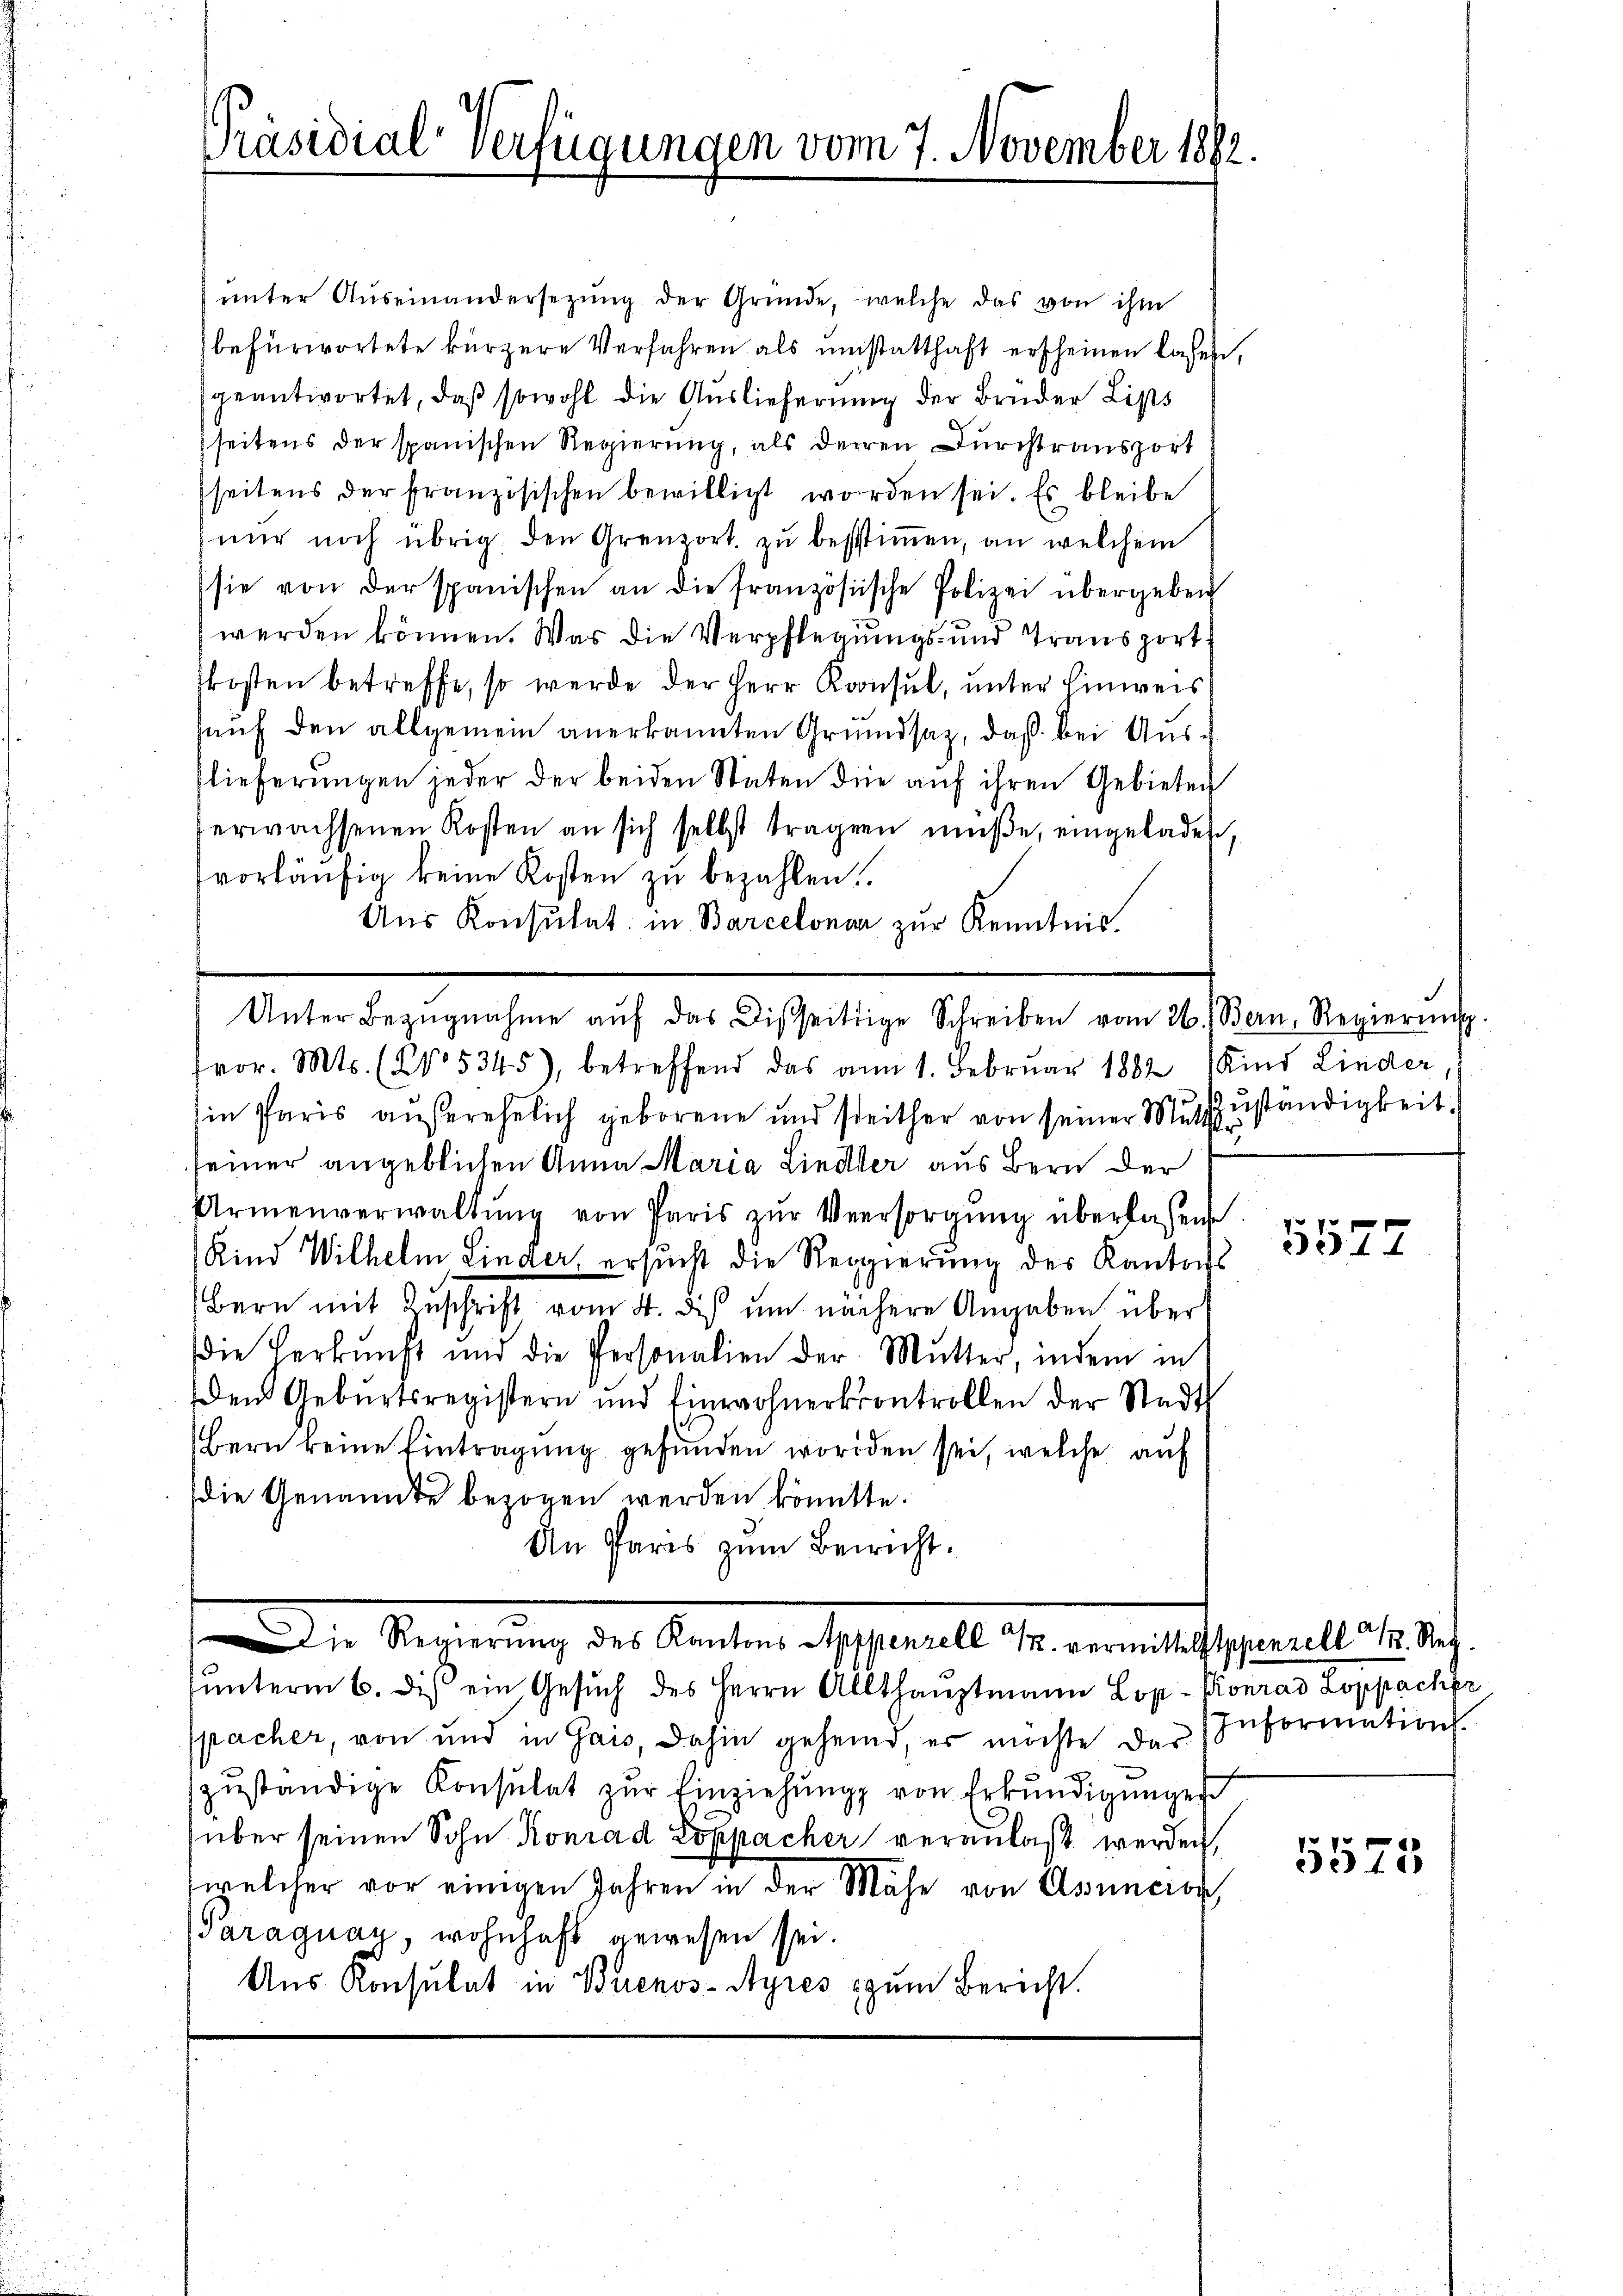
Präsidial-Verfügungen vom 7. November 1892.

ŭnter Aŭseinandersetzŭng der Gründe, welche das von ihm
befürwortete kürzere Verfahren als umstatthaft erscheinen lassen,
geantwortet, daβ sowohl die Auslieferung der Bruder Lips
seitens der spanischen Regierung, als deren Durchtransport
seitens der französischen bewilligt worden sei. Es bleibe
nur noch übrig, den Grenzort. zu bestimmen, an welchem
sie von der spanischen an die französische Polizei übergeben
werden können. Was die Verpflegungs- und Transport
kosten betreffe, so werde der Herr Konsul, unter hinweis
hauf den allgemein anerkannten Grundsatz, daß bei Auslieferungen jeder der beiden Staten die auf ihren Gebieten
verwachsenen Kosten an sich selbst tragen müße, eingeladen,
vorläŭfig keine Kosten zu bezahlen.
Ans Konsulat in Barcelonar zur Kenntnis.
vor. Mts. (N. 5345), betreffend das am 1. Februar 1882 Kind Linder
in Paris außerehelich geborene und seither von seiner Mutzzuständigkeit.
seiner angeblichen Anna Maria Liedler aus Bern der
Armenverwaltŭng von Paris zŭr Versorgŭng überlassene
Kind Wilhelm Linder, ersucht die Regierung des Kantons
Bern mit Zuschrift vom 4. dis um nächere Angaben über
die Verkŭnft und die Personalien der Mutter, indem in
den Geburtsregistern und Einwohnerkontrollen der Stadt
bern keine Eintragung gefunden worden sei, welche auf
die Genannte bezogen werden könntte.
An Paris zum Bericht.
Die Regierung des Kantons Apppenzell u. vermittelstppenzell M. Reg.
ŭnterm 6. des ein Gesŭch des Herrn Allthauptmann Lop- Konrad Loppacher
spacher, von und in Gais, dahin geheint, er möchte der Information.
zŭständige Konsulat zŭr Einziehŭng von Erkŭndigungen
über seinen Sohn Konrad Loppacher veranlaßt werden,
welcher vor einigen Jahren in der Mähe von Asuncion
Paraguay, wohnhaft gewesen sei.
Aus Konsulat in Buenos-Ayres zum Bericht.

Unter Bezŭgnahme aŭf das Disseitige Schreiben vom 26.) Bern, Regierŭng.

5577

5575